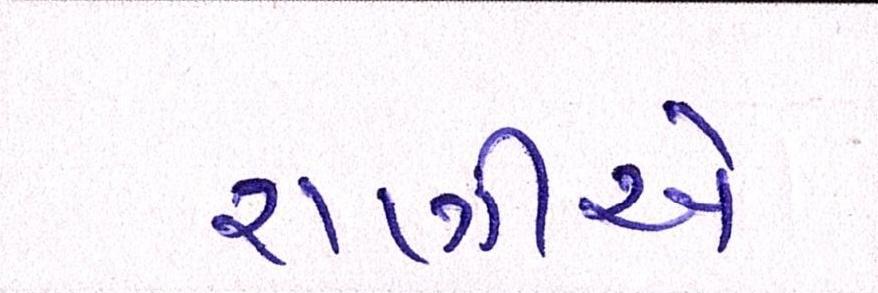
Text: રાણીએ